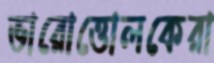
ভারোত্তোলকেরা